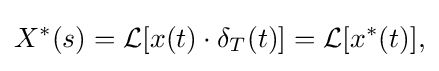
{\begin{aligned}X^{*}(s)={\mathcal {L}}[x(t)\cdot \delta _{T}(t)]={\mathcal {L}}[x^{*}(t)],\end{aligned}}